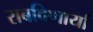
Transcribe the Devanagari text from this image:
राबविणार्या